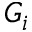
G _ { i }